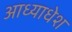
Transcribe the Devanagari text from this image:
आध्याधेश